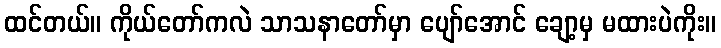
ထင်တယ်။ ကိုယ်တော်ကလဲ သာသနာတော်မှာ ပျော်အောင် ချော့မှ မထားပဲကိုး။